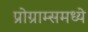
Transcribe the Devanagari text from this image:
प्रोग्राम्समध्ये